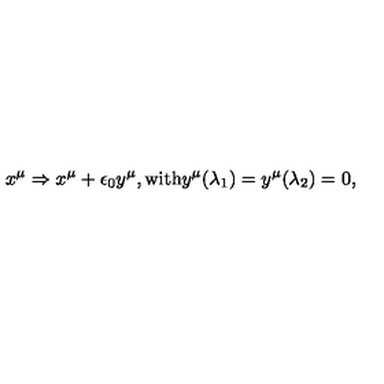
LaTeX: x ^ { \mu } \Rightarrow x ^ { \mu } + \epsilon _ { 0 } y ^ { \mu } , \mathrm { w i t h } y ^ { \mu } ( \lambda _ { 1 } ) = y ^ { \mu } ( \lambda _ { 2 } ) = 0 ,